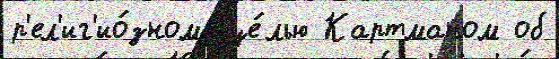
р'ел'иг'ио́зному це́лью Картманом об